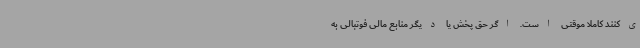
ی‌کنند کاملا موقتی است. اگر حق پخش یا دیگر منابع مالی فوتبالی به